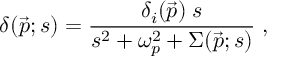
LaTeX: \delta ( \vec { p } ; s ) = \frac { \delta _ { i } ( \vec { p } ) \; s } { s ^ { 2 } + \omega _ { p } ^ { 2 } + \Sigma ( \vec { p } ; s ) } \; ,